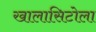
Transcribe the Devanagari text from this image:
खालासिटोला